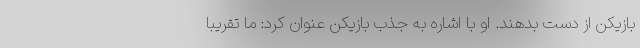
بازیکن از دست بدهند. او با اشاره به جذب بازیکن عنوان کرد: ما تقریبا